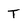
Character: T